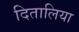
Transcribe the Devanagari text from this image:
दितालिया